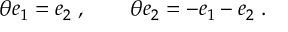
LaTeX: \theta e _ { 1 } = e _ { 2 } \; , \qquad \theta e _ { 2 } = - e _ { 1 } - e _ { 2 } \; .